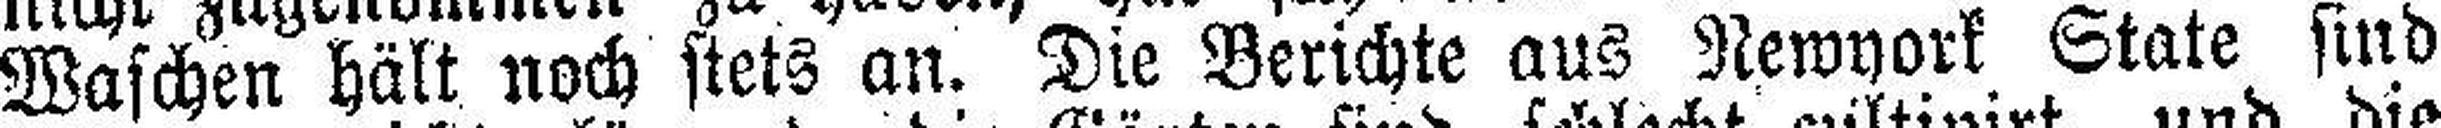
Waschen hält noch stets an. Die Berichte aus Newyork State sind